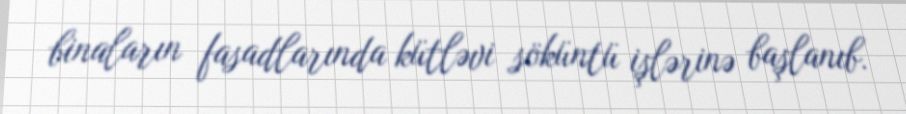
binaların fasadlarında kütləvi söküntü işlərinə başlanıb.